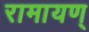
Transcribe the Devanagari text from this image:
रामायण्